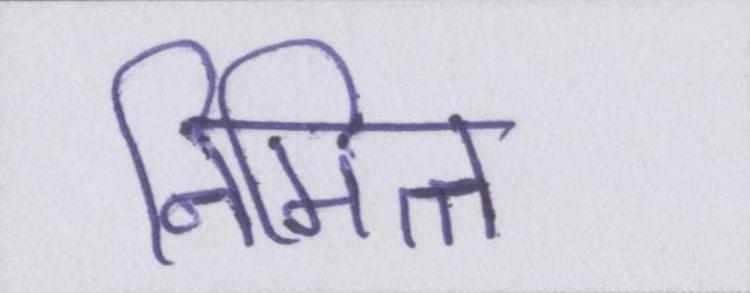
निमित्त